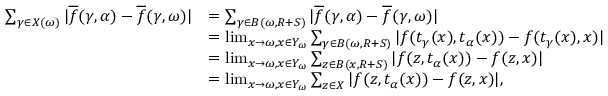
\begin{array} { r l } { \sum _ { \gamma \in X ( \omega ) } | \overline { { f } } ( \gamma , \alpha ) - \overline { { f } } ( \gamma , \omega ) | } & { = \sum _ { \gamma \in B ( \omega , R + S ) } | \overline { { f } } ( \gamma , \alpha ) - \overline { { f } } ( \gamma , \omega ) | } \\ & { = \operatorname* { l i m } _ { x \to \omega , x \in Y _ { \omega } } \sum _ { \gamma \in B ( \omega , R + S ) } | f ( t _ { \gamma } ( x ) , t _ { \alpha } ( x ) ) - f ( t _ { \gamma } ( x ) , x ) | } \\ & { = \operatorname* { l i m } _ { x \to \omega , x \in Y _ { \omega } } \sum _ { z \in B ( x , R + S ) } | f ( z , t _ { \alpha } ( x ) ) - f ( z , x ) | } \\ & { = \operatorname* { l i m } _ { x \to \omega , x \in Y _ { \omega } } \sum _ { z \in X } | f ( z , t _ { \alpha } ( x ) ) - f ( z , x ) | , } \end{array}